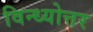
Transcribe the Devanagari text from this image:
विन्ध्योत्तर